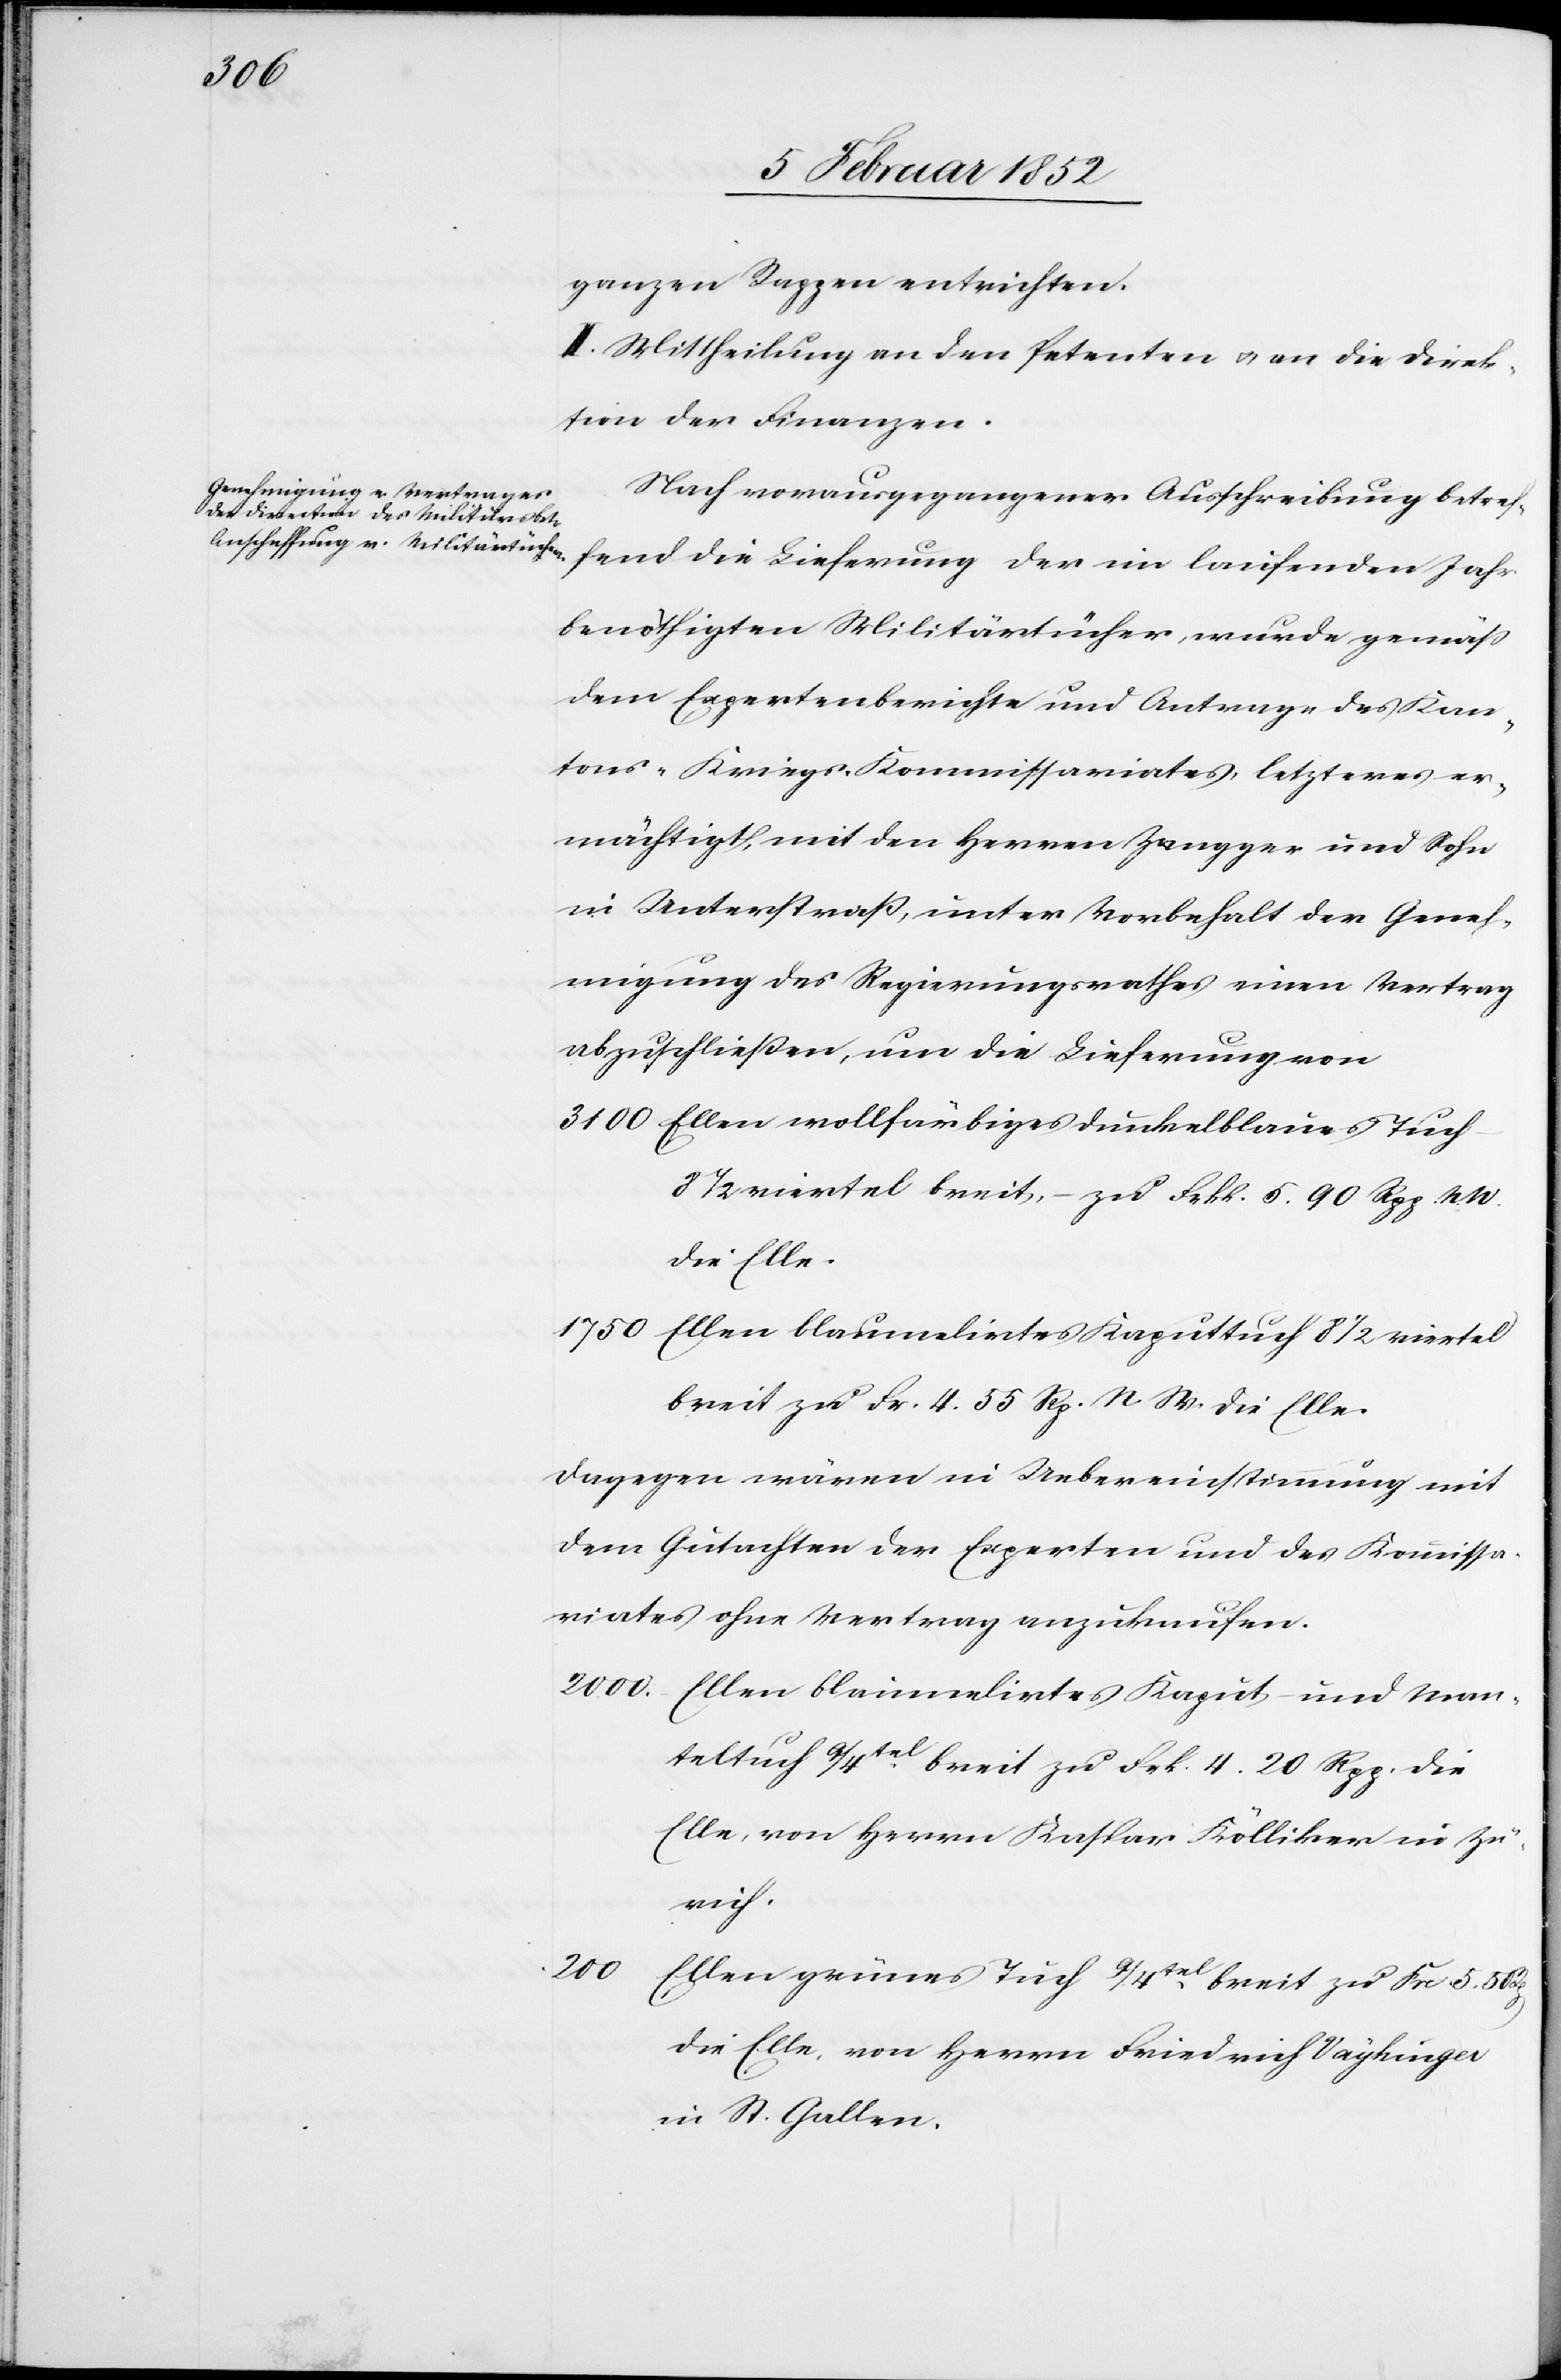
ganzen Rappen entrichten.
II. Mittheilung an den Petenten u. an die Direk¬
tion der Finanzen.
Nach vorausgegangener Ausschreibung betref¬
fend die Lieferung der im laufenden Jahr
benöthigten Militärtücher, wurde gemäß
dem Expertenberichte und Antrage des Kan¬
tons-Kriegs-Kommissariates, letzteres er¬
mächtigt, mit den Herren Zangger und Sohn
in Unterstraß, unter Vorbehalt der Geneh¬
migung des Regierungsrathes einen Vertrag
abzuschließen, um die Lieferung von
3100 Ellen vollfarbiges dunkelblaues Tuch
8 1/2 Viertel breit, – zu Frk. 5. 90 Rpp. N.
die Elle.
1750 Ellen blaumelirtes Kaputtuch 8 1/2 Viertel
breit zu Fr. 4. 55 Rp. N. W. die Elle.
dagegen wären in Uebereinstimmung mit
dem Gutachten der Experten und des Kommissa¬
riates ohne Vertrag anzukaufen.
2000. Ellen blaumelirtes Kaput- und Man¬
teltuch 9/4tel breit zu Frk. 4. 20 Rpp. die
Elle, von Herrn Kaspar Kölliker in Zü¬
rich.
200
Ellen grünes Tuch 9/4tel breit zu Fr. 5. 5
die Elle, von Herrn Friedrich Vaykinger
in St. Gallen.